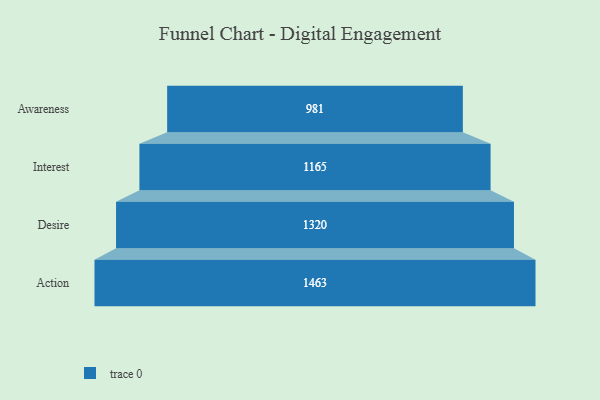
{"axis": {"x": "Stage", "y": "Value"}, "legend": [""], "data": [{"x": "Awareness", "y": 981.0, "type": ""}, {"x": "Interest", "y": 1165.0, "type": ""}, {"x": "Desire", "y": 1320.0, "type": ""}, {"x": "Action", "y": 1463.0, "type": ""}]}